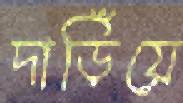
দাড়িঁয়ে